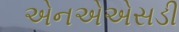
એનએએસડી